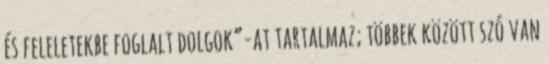
és feleletekbe foglalt dolgok”-at tartalmaz; többek között szó van